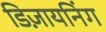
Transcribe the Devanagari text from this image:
डिज़ायनिंग